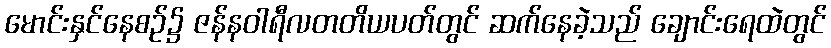
မောင်းနှင်နေစဉ်၌ ဇန်နဝါရီလတတိယပတ်တွင် ဆက်နေခဲ့သည် ချောင်းရေထဲတွင်